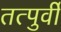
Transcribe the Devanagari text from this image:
तत्‍पुर्वी